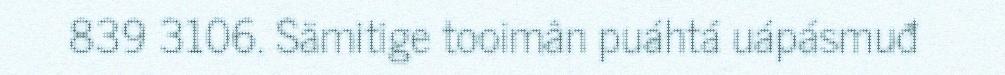
839 3106. Sämitige tooimân puáhtá uápásmuđ